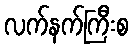
လက်နက်ကြီးစ